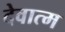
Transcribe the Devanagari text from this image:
देवात्म